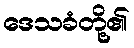
ဒေသခံတို့၏